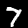
Label: 7